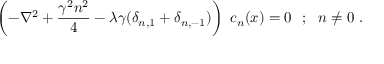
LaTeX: \left( - \nabla ^ { 2 } + \frac { \gamma ^ { 2 } n ^ { 2 } } { 4 } - \lambda \gamma ( \delta _ { n , 1 } + \delta _ { n , - 1 } ) \right) ~ c _ { n } ( x ) = 0 ~ ~ ; ~ ~ n \neq 0 \ .